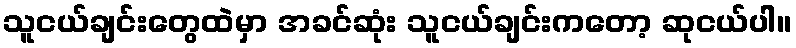
သူငယ်ချင်းတွေထဲမှာ အခင်ဆုံး သူငယ်ချင်းကတော့ ဆုငယ်ပါ။